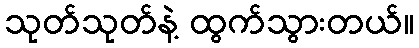
သုတ်သုတ်နဲ့ ထွက်သွားတယ်။